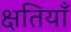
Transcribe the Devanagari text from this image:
क्षतियाँ